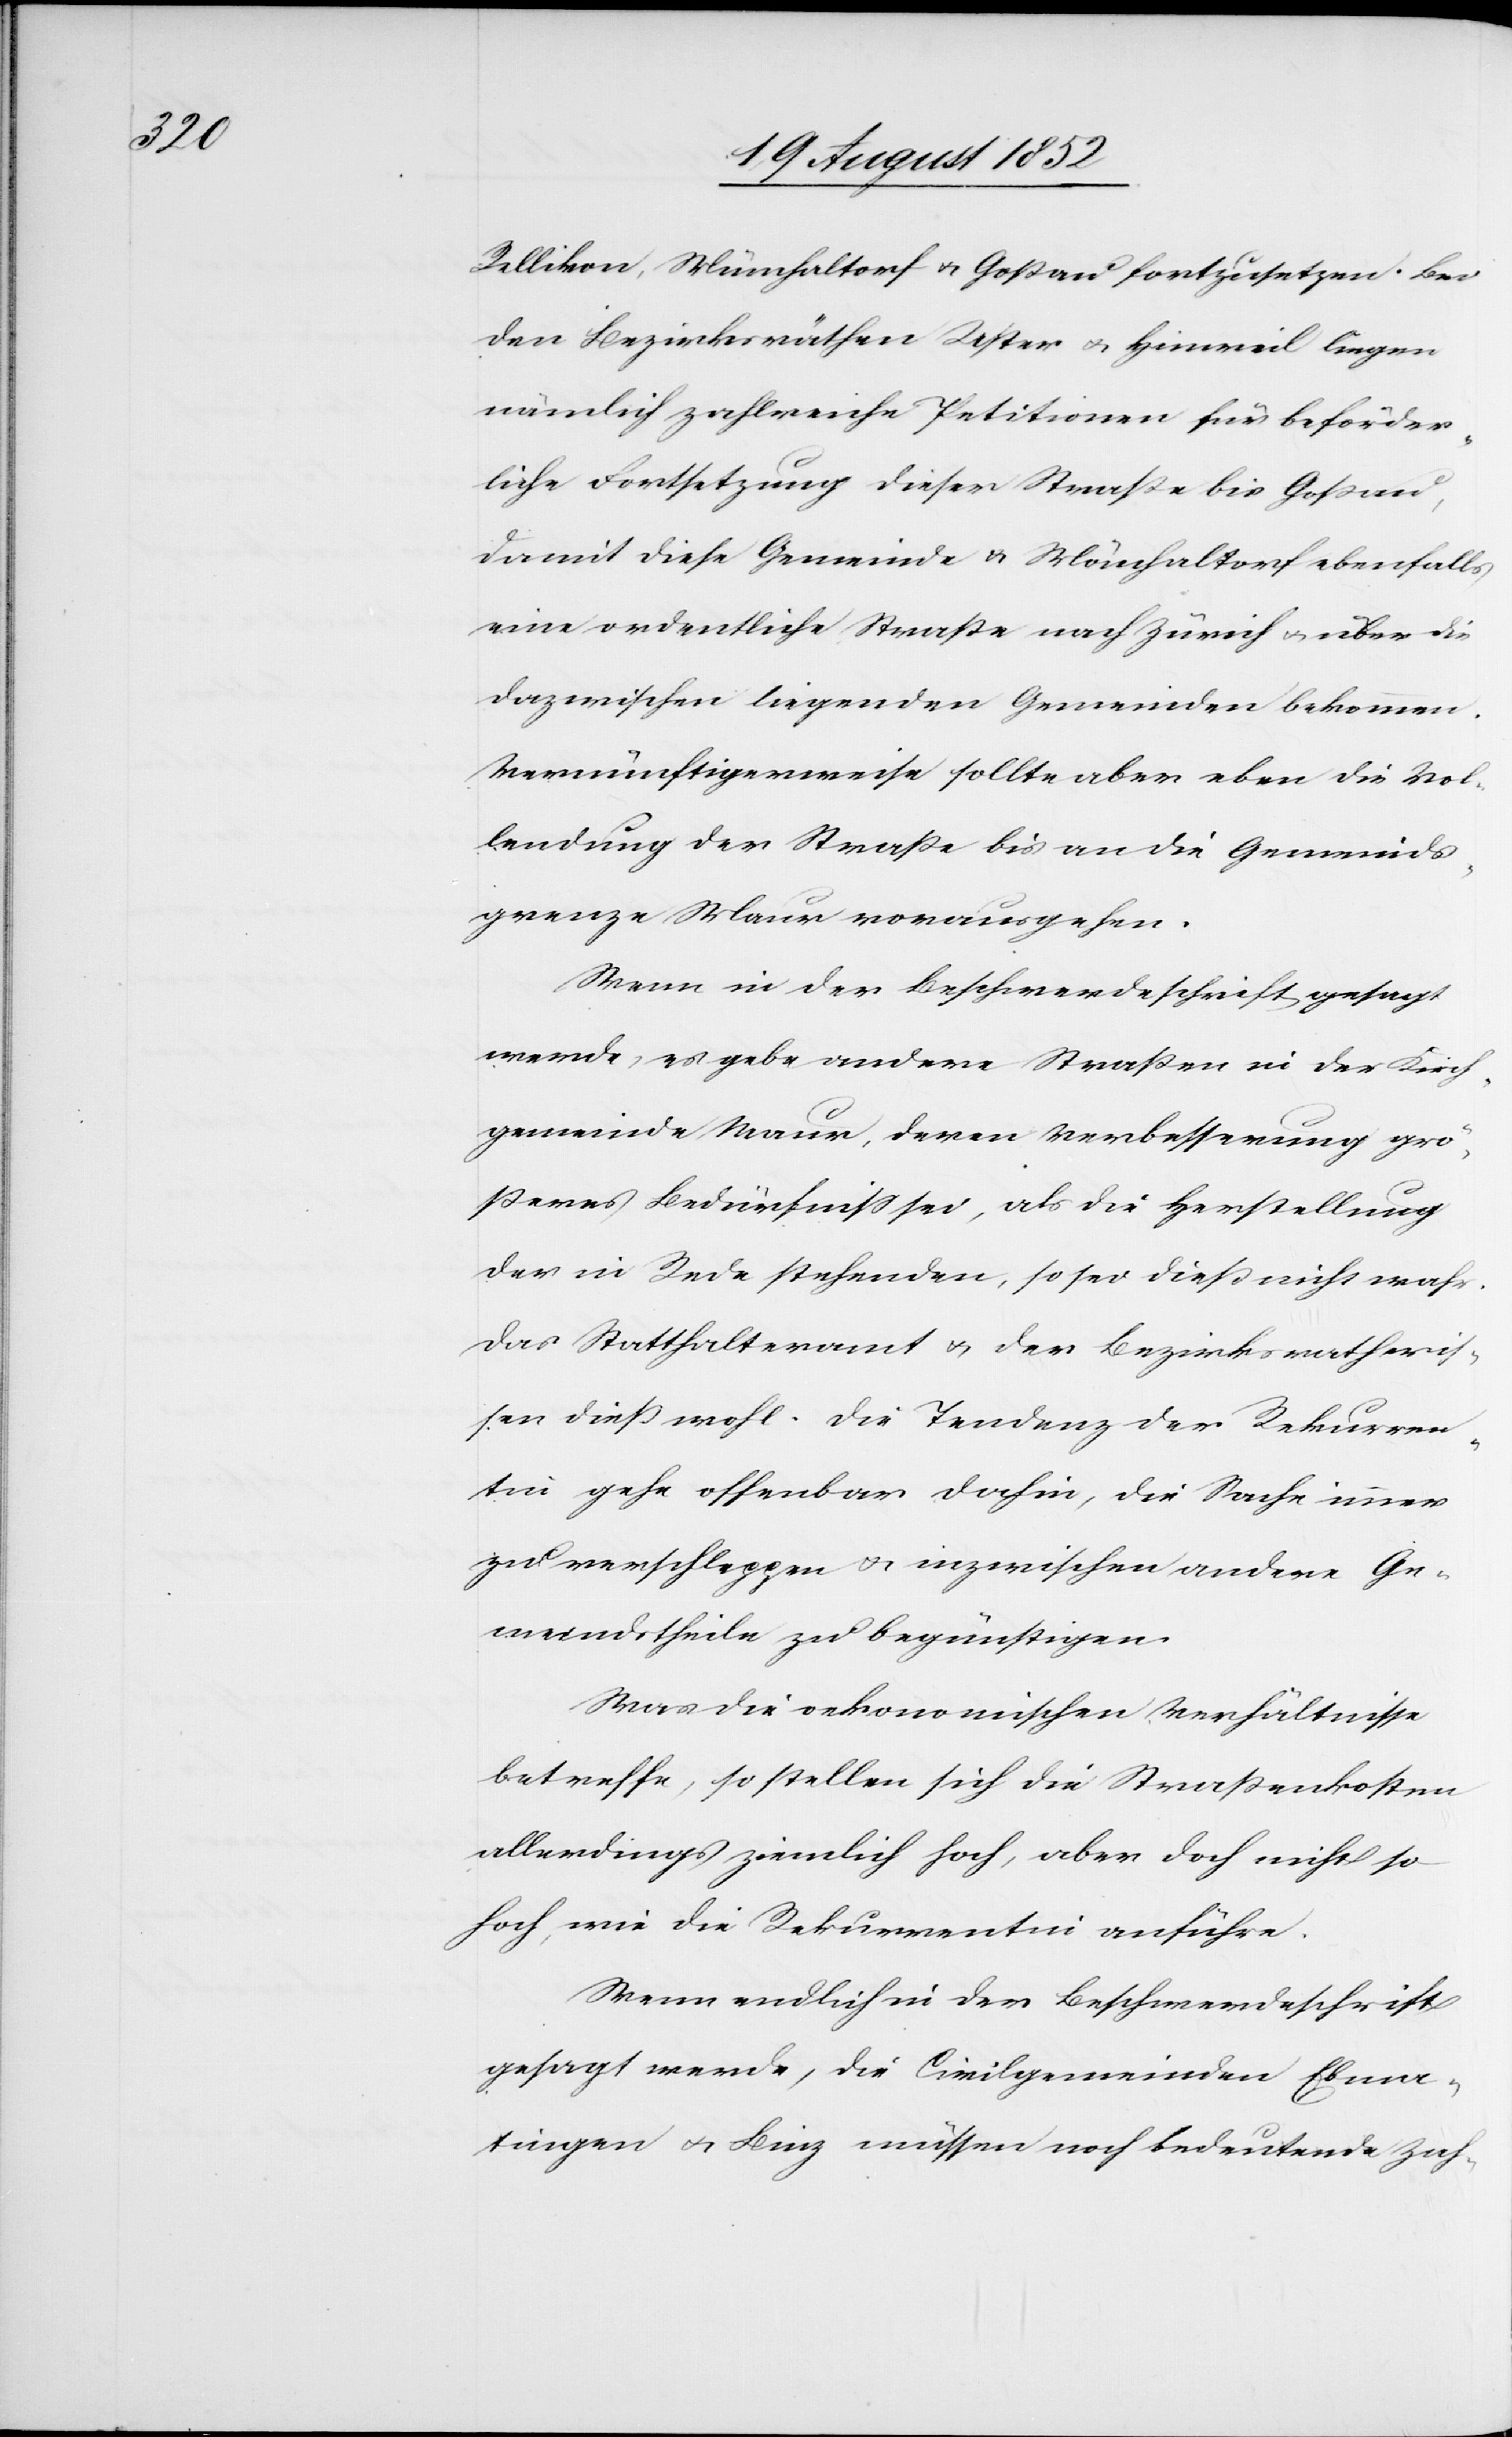
Rellikon, Münchaltorf & Goßau fortzusetzen. Bei
den Bezirksräthen Uster & Hinweil liegen
nämlich zahlreiche Petitionen für beförder¬
liche Fortsetzung dieser Straße bis Gossau,
damit diese Gemeinde & Mönchaltorf ebenfalls
eine ordentliche Straße nach Zürich & über die
dazwischen liegenden Gemeinden bekommen.
Vernünftigerweise sollte aber eben die Vol¬
lendung der Straße bis an die Gemeinds¬
grenze Maur vorausgehen.
Wenn in der Beschwerdeschrift gesagt
werde, es gebe andere Straßen in der Kirch¬
gemeinde Maur, deren Verbesserung grö¬
ßeres Bedürfniss sei, als die Herstellung
der in Rede stehenden, so sei dieß nicht wahr.
Das Statthalteramt & der Bezirksrath wis¬
sen dieß wohl. Die Tendenz der Rekurren¬
tin gehe offenbar dahin, die Sache immer
zu verschleppen & inzwischen andere Ge¬
meindstheile zu begünstigen.
Was die oekonomischen Verhältnisse
betreffe, so stellen sich die Straßenkosten
allerdings ziemlich hoch, aber doch nicht so
hoch, wie die Rekurrentin anführe.
Wenn endlich in der Beschwerdeschrift
gesagt werde, die Civilgemeinden Ebma¬
tingen & Binz müssen noch bedeutende Zah-